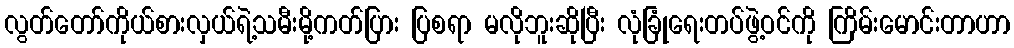
လွတ်တော်ကိုယ်စားလှယ်ရဲ့သမီးမို့ကတ်ပြား ပြစရာ မလိုဘူးဆိုပြီး လုံခြုံရေးတပ်ဖွဲ့ဝင်ကို ကြိမ်းမောင်းတာဟာ